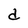
Character: d